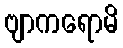
ဗျာကရောမိ